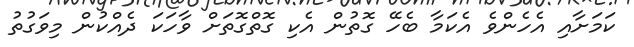
ކަމަށާއި އެހެންވެ އެކަމާ ބެހޭ ގޮތުން އެކި ގޮތްގޮތަށް ވާހަކަ ދެއްކުން މިވަގުތު